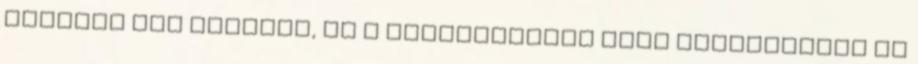
feljebb már leírtam, de a kivitelezést több szempontból is